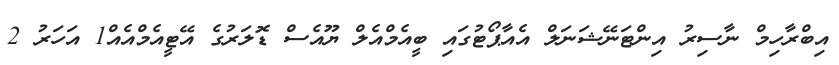
އިބްރާހިމް ނާސިރު އިންޓަނޭޝަނަލް އެއާޕޯޓުގައި ބީއެމްއެލް ޔޫއެސް ޑޮލަރުގެ އޭޓީއެމްއެއް1 އަހަރު 2